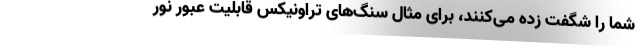
شما را شگفت زده می‌کنند، برای مثال سنگ‌های تراونیکس قابلیت عبور نور